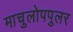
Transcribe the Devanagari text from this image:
माचुलोपपुलर